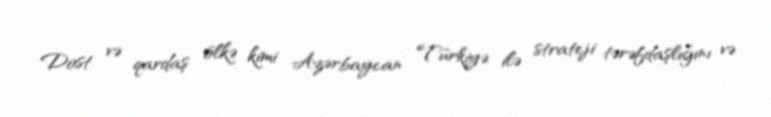
Dost və qardaş ölkə kimi Azərbaycan Türkiyə ilə strateji tərəfdaşlığını və